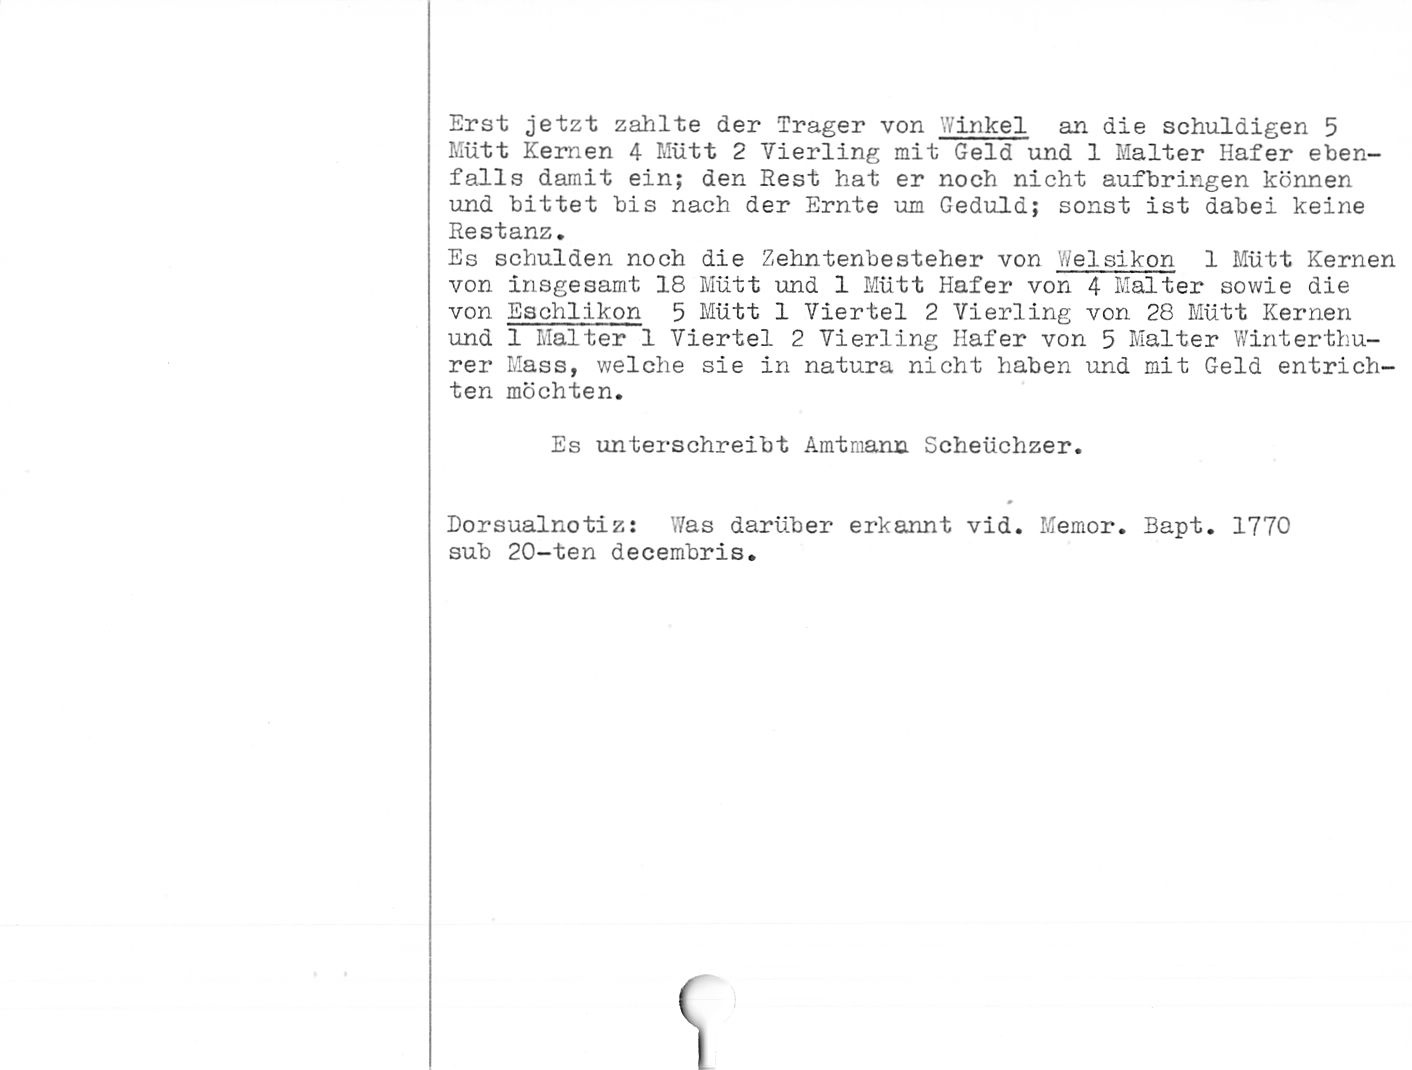
Erst jetzt zahlte der Träger von '.Vinkel an die schuldigen 5
Mütt Kernen 4 Mütt 2 Vierling mit Geld und 1 Malter Hafer eben¬
falls damit ein; den Rest hat er noch nicht aufbringen können
und bittet bis nach der Ernte um Geduld; sonst ist dabei keine
Restanz.

Es schulden noch die Zehntenbesteher von Welsikon 1 Mütt Kernen
von insgesamt 18 Mütt und 1 Mütt Hafer von 4 Malter sowie die
von Eschlikon 5 Mütt 1 Viertel 2 Vierling von 28 Mütt Kernen
und 1 Malter 1 Viertel 2 Vierling Hafer von 5 Malter Winterthu-
rer Mass, welche sie in natura nicht haben und mit Geld entrich¬
ten möchten.

Es unterschreibt Amtmann Scheüchzer.

Dorsualnotiz: Was darüber erkannt vid. Memor. Bapt. 1770

sub 20-ten decembris.